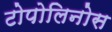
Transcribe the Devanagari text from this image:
टोपोलिनोस